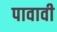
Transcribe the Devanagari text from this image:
पावावी